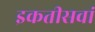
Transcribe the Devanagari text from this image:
इकतीसवां